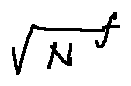
\sqrt { N } ^ { f }